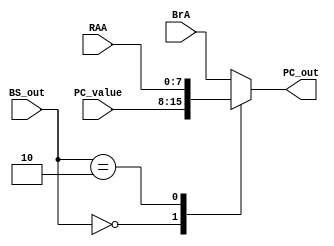
`timescale 1ns / 1ps
//////////////////////////////////////////////////////////////////////////////////
// Company: 
// Engineer: 
// 
// Design Name: 
// Module Name: mux_c
// Project Name: 
// Target Devices: 
// Tool Versions: 
// Description: 
// 
// Dependencies: 
// 
// Revision:
// Revision 0.01 - File Created
// Additional Comments:
// 
//////////////////////////////////////////////////////////////////////////////////


module mux_c(
input [1:0] BS_out, // mux a selector lines
input [7:0] PC_value,  //pc value from prevous cycle
input [7:0] RAA, //register a value output
input [7:0] BrA,
output [7:0] PC_out
);
parameter PC = 2'b00;
parameter jump = 2'b10;
reg [7:0]mux_c;  // mux c  out
always@(*)
begin

case (BS_out)  
    PC:
    mux_c = PC_value;
    
    jump:
    mux_c = RAA;
    default:
    mux_c = BrA;
endcase
end
assign PC_out = mux_c ;
endmodule